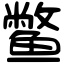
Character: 鳖